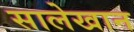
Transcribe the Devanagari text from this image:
सालेखान